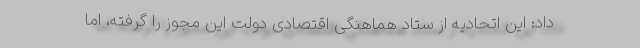
داد: این اتحادیه از ستاد هماهنگی اقتصادی دولت این مجوز را گرفته، اما